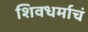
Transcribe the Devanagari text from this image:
शिवधर्माचं